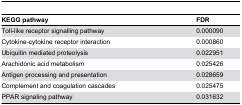
| KEGG pathway | FDR |
 | --- | --- |
 | Toll-like receptor signalling pathway | 0.000090 |
 | Cytokine-cytokine receptor interaction | 0.000860 |
 | Ubiquitin mediated proteolysis | 0.022951 |
 | Arachidonic acid metabolism | 0.025426 |
 | Antigen processing and presentation | 0.028659 |
 | Complement and coagulation cascades | 0.025475 |
 | PPAR signaling pathway | 0.031632 |